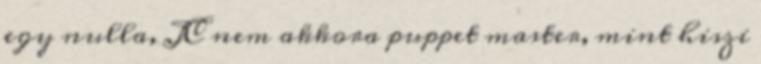
egy nulla, JC nem akkora puppet master, mint hiszi